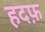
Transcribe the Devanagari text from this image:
हदफ़